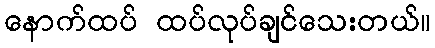
နောက်ထပ် ထပ်လုပ်ချင်သေးတယ်။